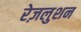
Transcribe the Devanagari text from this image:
रेज़लुशन